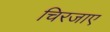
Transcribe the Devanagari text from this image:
चिरजाए